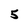
Character: 5